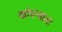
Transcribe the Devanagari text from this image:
कोपऱ्याला